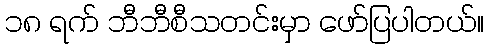
၁၈ ရက် ဘီဘီစီသတင်းမှာ ဖော်ပြပါတယ်။